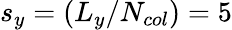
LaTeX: s_{y}=(L_{y}/N_{col})=5